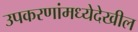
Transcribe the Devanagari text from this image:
उपकरणांमध्येदेखील